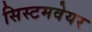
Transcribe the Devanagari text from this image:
सिस्टमवेयर